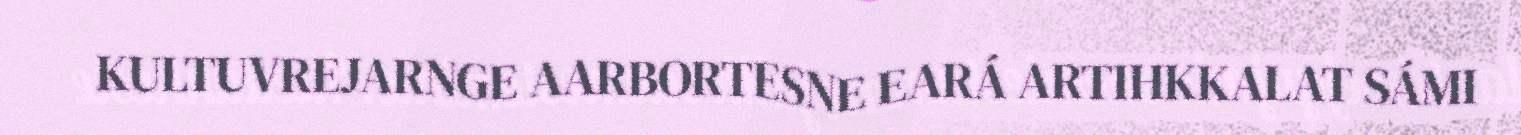
KULTUVREJARNGE AARBORTESNE EARÁ ARTIHKKALAT SÁMI